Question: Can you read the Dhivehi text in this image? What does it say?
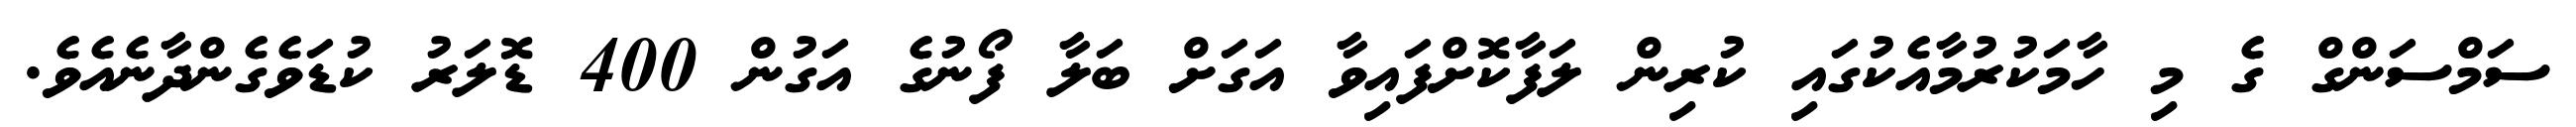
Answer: ސަމްސަންގް ގެ މި ހާމަކުރުމާއެކުގައި ކުރިން ލަފާކޮށްފައިވާ އަގަށް ބަލާ ފޯނުގެ އަގުން 400 ޑޮލަރު ކުޑަވެގެންދާނެއެވެ.